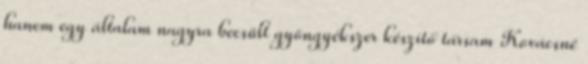
hanem egy általam nagyra becsült gyöngyékszer készítő társam Kovácsné